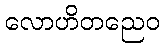
လောဟိတညေဝ